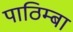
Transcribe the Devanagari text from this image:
पाठिम्बा